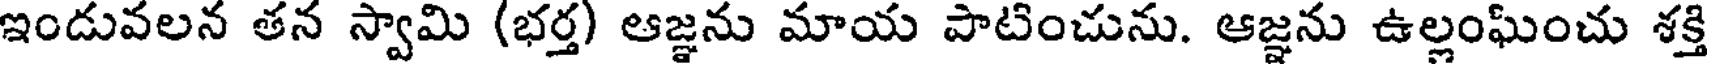
ఇండువలన తన స్వామి (భర్త) ఆజ్ఞను మాయ పాటించును. ఆజ్ఞను ఉల్లంఘించు శక్తి